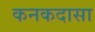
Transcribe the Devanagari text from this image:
कनकदासा